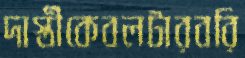
দাস্তীকেবলটারবরি